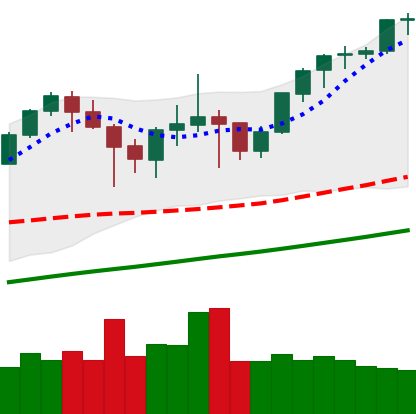
Ticker: ETH-USD
Chart end date: 2021-05-02
Forward return: 18.044%
Label: up_7plus